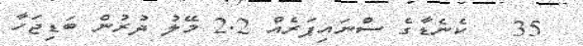
35   ކެނެޑާގެ ސްނައިޕަރެއް 2.2 މޭލު ދުރުން ބަޑިޖަހާ